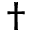
\dagger